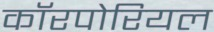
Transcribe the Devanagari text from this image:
कॉरपोरियल